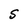
Character: S